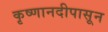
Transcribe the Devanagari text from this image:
कृष्णानदीपासून